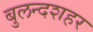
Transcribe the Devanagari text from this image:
बुलन्‍दशहर